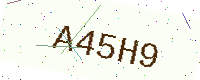
Text: A45H9